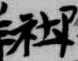
社